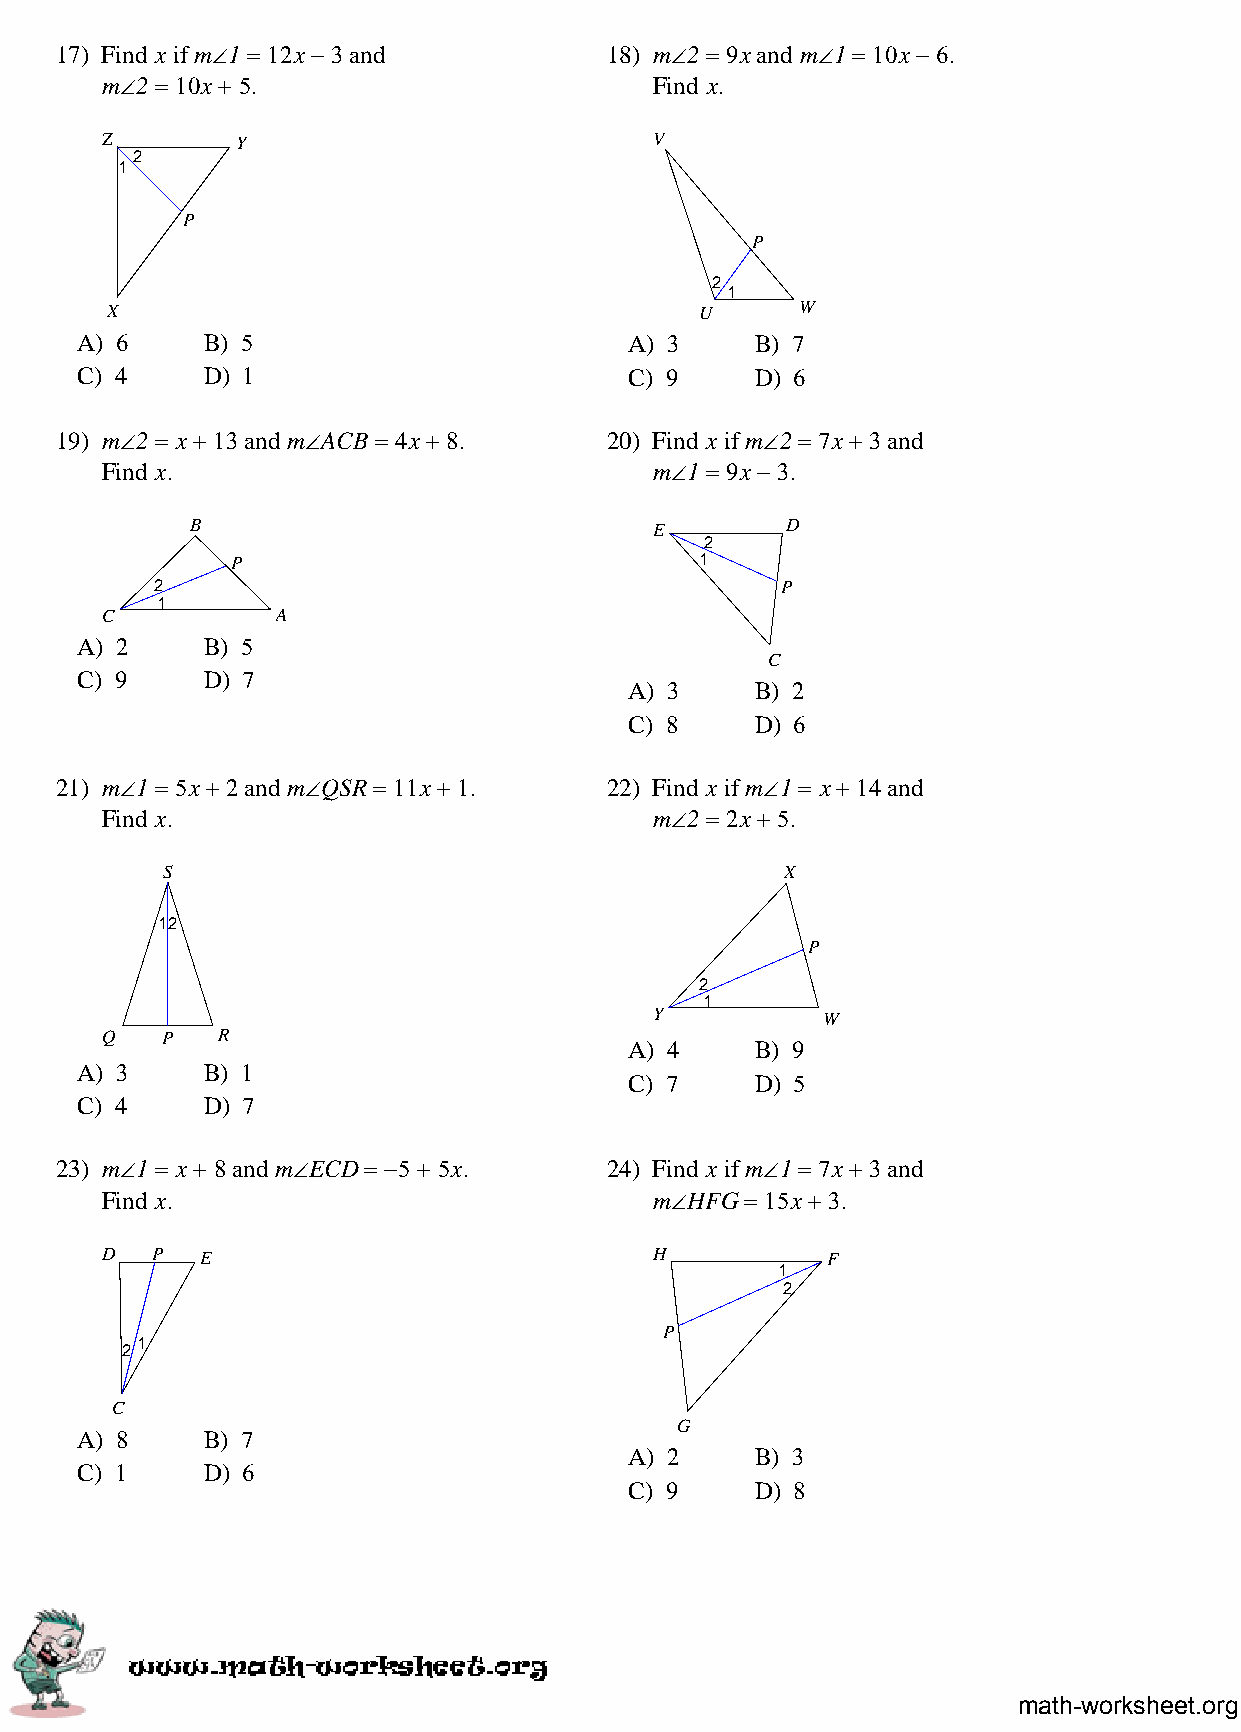
17) Find x if m∠1 = 12x − 3 and     18) m∠2 = 9x and m∠1 = 10x − 6.
 m∠2 = 10x + 5.                      Find x.
 Z        Y                          V
 2
 1
 P
 P
 2
 1
 X                                      U      W
 A) 6    B) 5                         A) 3    B) 7
 C) 4    D) 1                         C) 9    D) 6
 19) m∠2 = x + 13 and m∠ACB = 4x + 8. 20) Find x if m∠2 = 7x + 3 and
 Find x.                             m∠1 = 9x − 3.
 B                             E        D
 2
 P                              1
 2                                         P
 1
 C          A
 A) 2    B) 5
 C
 C) 9    D) 7
 A) 3    B) 2
 C) 8    D) 6
 21) m∠1 = 5x + 2 and m∠QSR = 11x + 1. 22) Find x if m∠1 = x + 14 and
 Find x.                             m∠2 = 2x + 5.
 S                                        X
 12
 P
 2
 1
 Y          W
 Q   P  R
 A) 4    B) 9
 A) 3    B) 1
 C) 7    D) 5
 C) 4    D) 7
 23) m∠1 = x + 8 and m∠ECD = −5 + 5x. 24) Find x if m∠1 = 7x + 3 and
 Find x.                             m∠HFG = 15x + 3.
 D  P  E                             H           F
 1
 2
 P
 1
 2
 C
 G
 A) 8    B) 7
 A) 2    B) 3
 C) 1    D) 6
 C) 9    D) 8
 math-worksheet.org